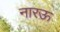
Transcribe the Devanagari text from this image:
नारऊ